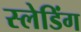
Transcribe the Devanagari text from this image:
स्लेडिंग